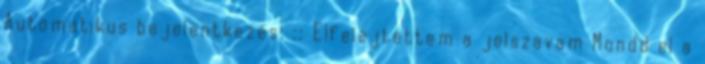
Automatikus bejelentkezés: :: Elfelejtettem a jelszavam Mondd el a